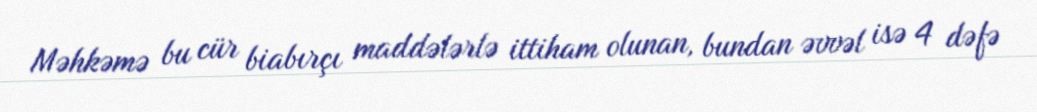
Məhkəmə bu cür biabırçı maddələrlə ittiham olunan, bundan əvvəl isə 4 dəfə